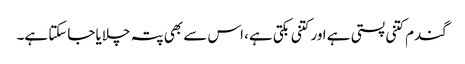
گندم کتنی پستی ہے اور کتنی بکتی ہے، اس سے بھی پتہ چلایا جاسکتا ہے۔